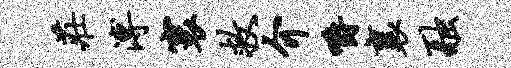
庄溥寰救介嚼襄融